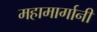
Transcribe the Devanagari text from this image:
महामार्गानी